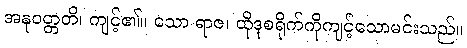
အနုဝတ္တတိ၊ ကျင့်၏။ သော ရာဇ၊ ထိုဒုစရိုက်ကိုကျင့်သောမင်းသည်။